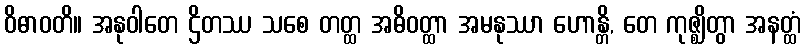
ဝိဓာဝတိ။ အနုဝါတေ ဌိတဿ သစေ တတ္ထ အဓိဝတ္ထာ အမနုဿာ ဟောန္တိ, တေ ကုဇ္ဈိတွာ အနတ္ထံ